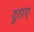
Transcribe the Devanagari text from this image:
दुराए